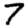
Digit: 7